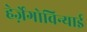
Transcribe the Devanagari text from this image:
हेर्ज़ेगोविन्याई